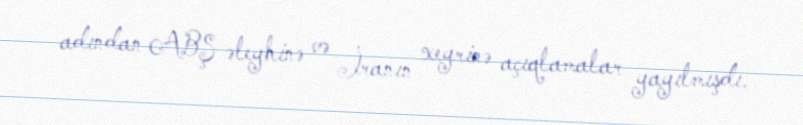
adından ABŞ əleyhinə və İranın xeyrinə açıqlamalar yayılmışdı.